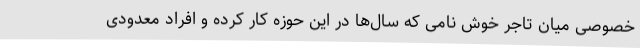
خصوصی میان تاجر خوش نامی که سال‌ها در این حوزه کار کرده و افراد معدودی